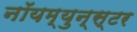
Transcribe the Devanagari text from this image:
नॉयम्युन्स्टर